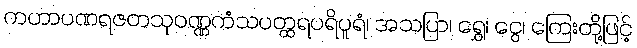
ကဟာပဏရဇတသုဝဏ္ဏကံသပတ္ထရပရိပူရံ၊ အသပြာ၊ ရွှေ၊ ငွေ၊ ကြေးတို့ဖြင့်